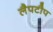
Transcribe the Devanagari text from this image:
लैपटौप